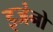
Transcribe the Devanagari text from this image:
इजंनो